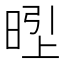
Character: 𱢇